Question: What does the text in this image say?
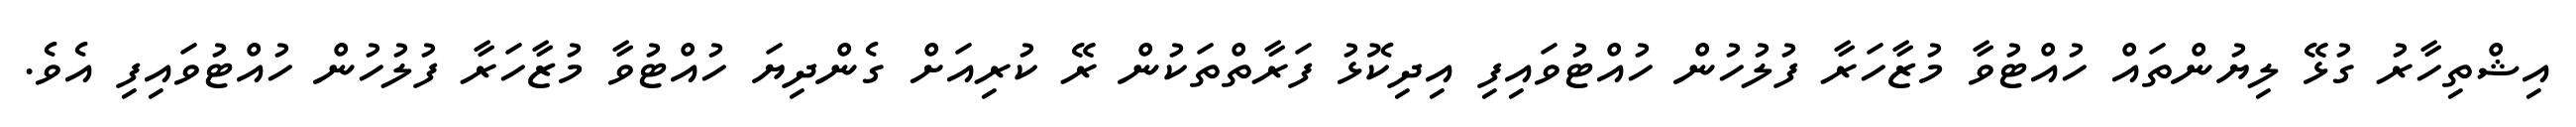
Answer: އިޝްތިހާރު ގުޅޭ ލިޔުންތައް ހުއްޓުވާ މުޒާހަރާ ފުލުހުން ހުއްޓުވައިފި އިދިކޮޅު ފަރާތްތަކުން ރޭ ކުރިއަށް ގެންދިޔަ ހުއްޓުވާ މުޒާހަރާ ފުލުހުން ހުއްޓުވައިފި އެވެ.